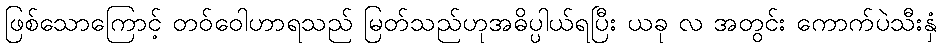
ဖြစ်သောကြောင့် တဝ်ဝေါဟာရသည် မြတ်သည်ဟုအဓိပ္ပါယ်ရပြီး ယခု လ အတွင်း ကောက်ပဲသီးနှံ